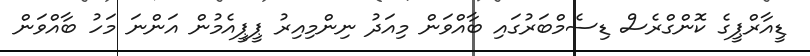
ޑީއާރްޕީގެ ކޮންގްރެސް ޑިސެމްބަރުގައި ބާއްވަން މިއަދު ނިންމިއިރު ޕީޕީއެމުން އަންނަ މަހު ބާއްވަން